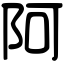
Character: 阿